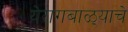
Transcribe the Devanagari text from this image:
येरागबाळ्याचे